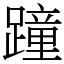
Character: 蹱